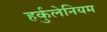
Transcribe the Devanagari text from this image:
हर्कुलेनियम